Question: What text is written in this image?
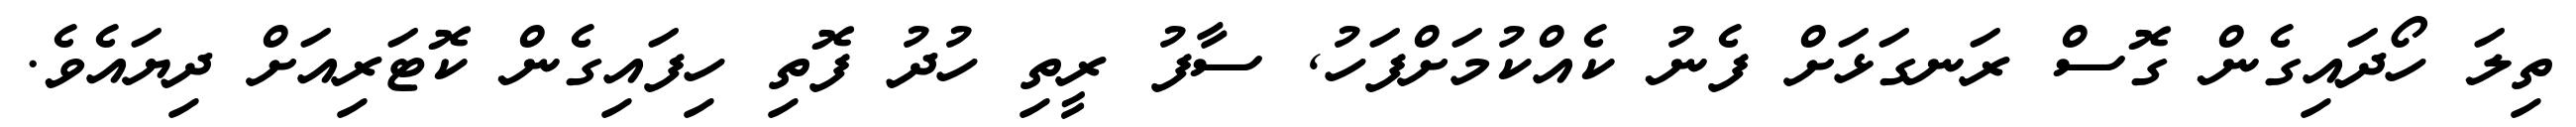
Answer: ތިލަ ހޯދައިގެން ގޮސް ރަނގަޅަށް ފެނު ކެއްކުމަށްފަހު, ސާފު ރީތި ހުދު ފޮތި ހިފައިގެން ކޮޓަރިއަށް ދިޔައެވެ.